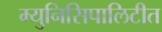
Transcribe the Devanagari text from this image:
म्युनिसिपालिटीत